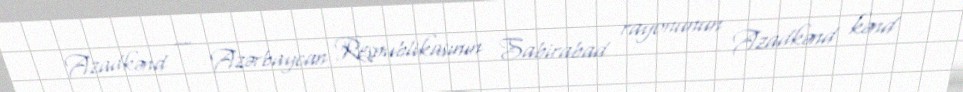
Azadkənd — Azərbaycan Respublikasının Sabirabad rayonunun Azadkənd kənd